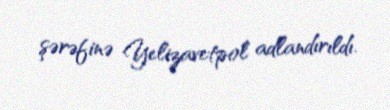
şərəfinə Yelizavetpol adlandırıldı.